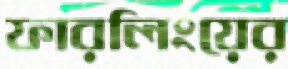
ফারলিংয়ের